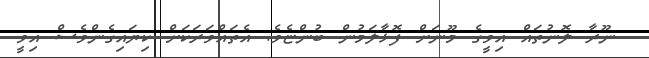
ނޫރާ ލޮނުތައް އިވީގެ މޫނަށް ފޮޅާލަމުން ބުންޏެވެ. އެތައްވަރަކަށް ކިޔައިގެންވެސް އިވީ